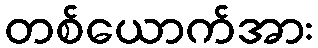
တစ်ယောက်အား